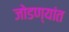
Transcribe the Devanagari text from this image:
जोडण्यांत